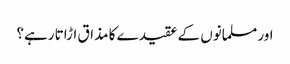
اور مسلمانوں کے عقیدے کا مذاق اڑاتا رہے؟